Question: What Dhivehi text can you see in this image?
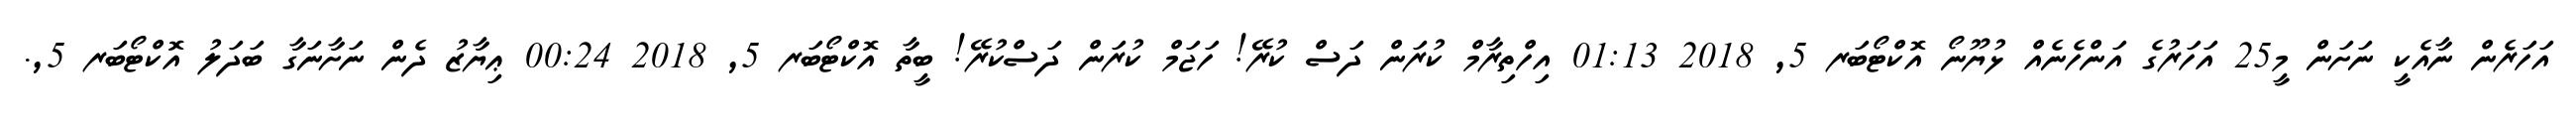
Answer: އަހަރެން ނާއެކީ ނަށަން މީ25 އަހަރުގެ އަންހެނެއް ޅުޔޫނޯ އޮކްޓޯބަރ 5, 2018 01:13 އިހްތިރާމް ކުރަން ދަސް ކުރޭ! ހަޖަމް ކުރަން ދަސްކުރޭ! ބީތާ އޮކްޓޯބަރ 5, 2018 00:24 ޢިޔާޒު ދެން ނަށާނަގާ ބަދަލު އޮކްޓޯބަރ 5,.